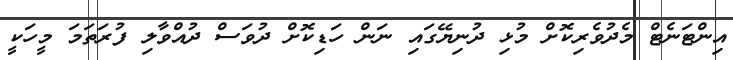
އިންޓަނެޓް މެދުވެރިކޮށް މުޅި ދުނިޔޭގައި ނަން ހަޑިކޮށް ދުވަސް ދުއްވާލި ފުރަތަމަ މީހަކީ